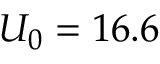
U _ { 0 } = 1 6 . 6